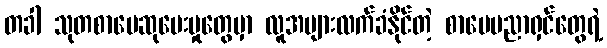
တခါ သုတစာပေဆုပေးမှုတွေမှာ လူအများလက်ခံနိုင်တဲ့ စာပေပညာရှင်တွေရဲ့